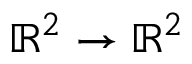
\mathbb { R } ^ { 2 } \to \mathbb { R } ^ { 2 }